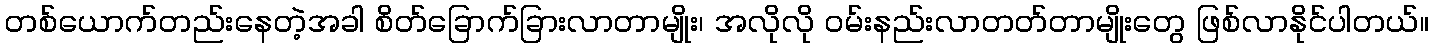
တစ်ယောက်တည်းနေတဲ့အခါ စိတ်ခြောက်ခြားလာတာမျိုး၊ အလိုလို ဝမ်းနည်းလာတတ်တာမျိုးတွေ ဖြစ်လာနိုင်ပါတယ်။